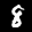
Label: 8